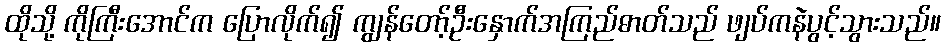
ထိုသို့ ကိုကြီးအောင်က ပြောလိုက်၍ ကျွန်တော့်ဦးနှောက်အကြည်ဓာတ်သည် ဖျပ်ကနဲပွင့်သွားသည်။